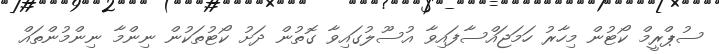
ސުޕްރީމް ކޯޓުން މިހާރު ހަމަޖައްސާފައިވާ އުސޫލުގައިވާ ގޮތުން ދަށު ކޯޓުތަކުން ނިންމާ ނިންމުންތައް